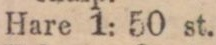
Hare 1: 50 st.